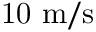
\mathrm { 1 0 ~ m / s }